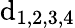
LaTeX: \mathrm{d}_{1,2,3,4}